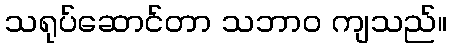
သရုပ်ဆောင်တာ သဘာဝ ကျသည်။